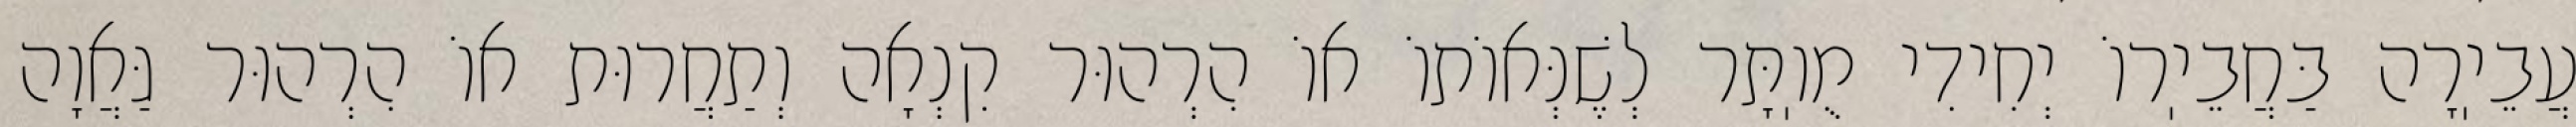
עֲבֵיֽרָה בַּחֲבֵיֽרוֹ יְחִידִי מֻוֽתָּר לְשֶׁנְּאוֹתוֹ אוֹ הִרְהוּר קִנְאָה וְתַחֲרוּת אוֹ הִרְהוּר גַּאֲוָה